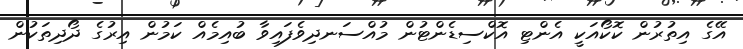
އޭގެ އިތުރުން ކޮކޯއަކީ އެންޓި އޮކްސިޑެންޓުން މުއްސަނދިވެފައިވާ ބުއިމެއް ކަމުން އިރުގެ ދޯދިތަކުން